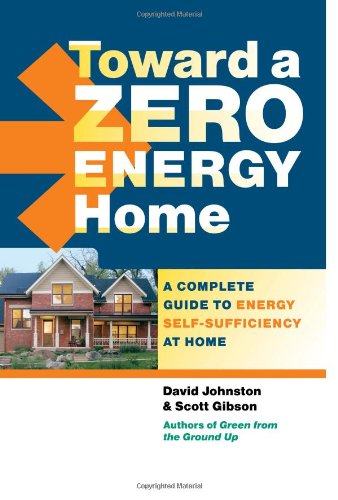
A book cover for Toward a Zero Energy Home: A Complete Guide to Energy Self-Sufficiency at Home; David Johnston; Crafts, Hobbies & Home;